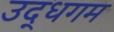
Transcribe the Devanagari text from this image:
उद्धगम